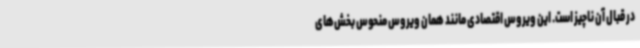
در قبال آن ناچیز است. این ویروس اقتصادی مانند همان ویروس منحوس بخش‌های